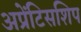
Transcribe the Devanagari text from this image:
अप्रेंटिसशिप